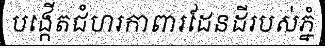
បង្កើតជំហរកាពារដែនដីរបស់ភ្នំ